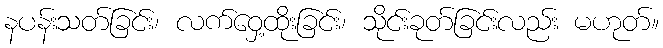
နပန်းသတ်ခြင်း၊ လက်ဝှေ့ထိုးခြင်း၊ သိုင်းခုတ်ခြင်းလည်း မဟုတ်။